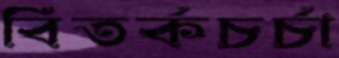
বিতর্কচর্চা